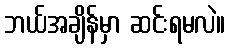
ဘယ်အချိန်မှာ ဆင်းရမလဲ။